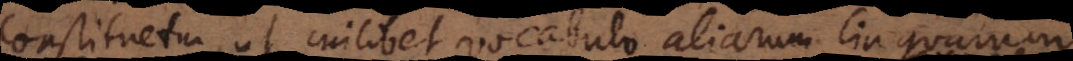
constituetur, ut cuilibet vocabulo aliarum linguarum